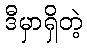
ဒီမှာရှိတဲ့